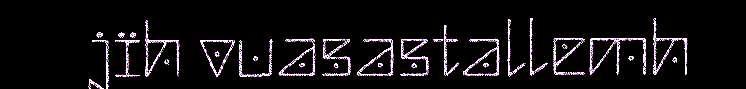
jïh vuasastallemh